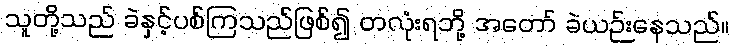
သူတို့သည် ခဲနှင့်ပစ်ကြသည်ဖြစ်၍ တလုံးရဘို့ အတော် ခဲယဉ်းနေသည်။